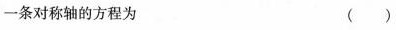
一条对称轴的方程为 ()